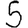
Digit: 5